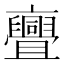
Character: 亹